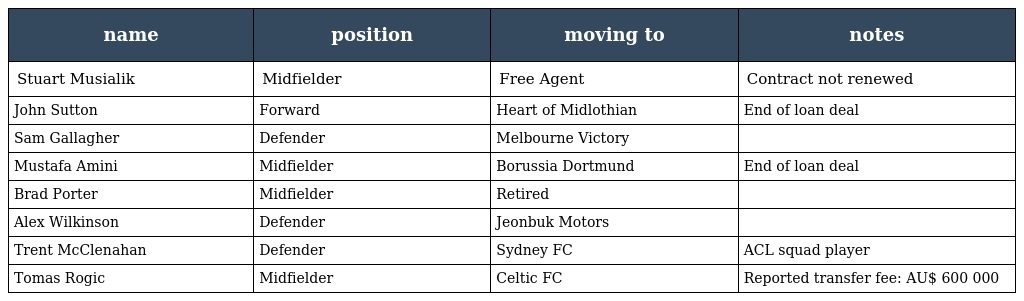
| name | position | moving to | notes |
 | --- | --- | --- | --- |
 | Stuart Musialik | Midfielder | Free Agent | Contract not renewed |
 | John Sutton | Forward | Heart of Midlothian | End of loan deal |
 | Sam Gallagher | Defender | Melbourne Victory |  |
 | Mustafa Amini | Midfielder | Borussia Dortmund | End of loan deal |
 | Brad Porter | Midfielder | Retired |  |
 | Alex Wilkinson | Defender | Jeonbuk Motors |  |
 | Trent McClenahan | Defender | Sydney FC | ACL squad player |
 | Tomas Rogic | Midfielder | Celtic FC | Reported transfer fee: AU$ 600 000 |